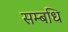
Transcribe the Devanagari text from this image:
सम्बधि